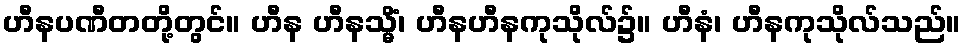
ဟီနပဏီတတို့တွင်။ ဟီန ဟီနသ္မိံ၊ ဟီနဟီနကုသိုလ်၌။ ဟီနံ၊ ဟီနကုသိုလ်သည်။